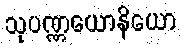
သုပဏ္ဏယောနိယော